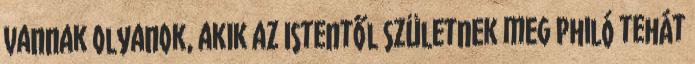
vannak olyanok, akik az Istentől születnek meg Philó tehát